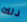
ذلك